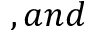
, a n d